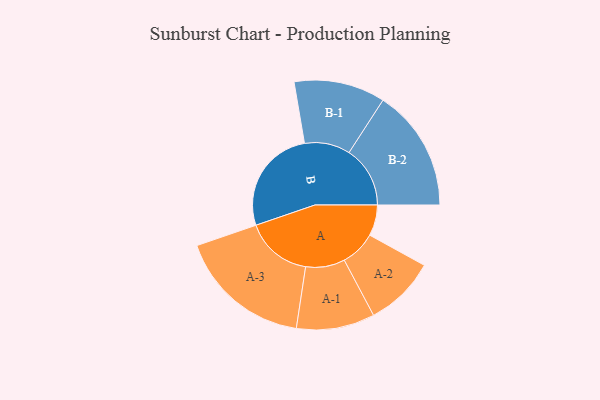
{"axis": {"x": "Segment", "y": "Value"}, "legend": ["", "A", "B"], "data": [{"x": "A", "y": 134, "type": ""}, {"x": "B", "y": 461, "type": ""}, {"x": "A-1", "y": 170, "type": "A"}, {"x": "A-2", "y": 154, "type": "A"}, {"x": "A-3", "y": 290, "type": "A"}, {"x": "B-1", "y": 198, "type": "B"}, {"x": "B-2", "y": 265, "type": "B"}]}